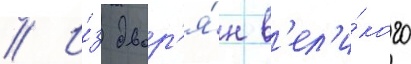
// И́з двор'я́н в'ел'и́кого